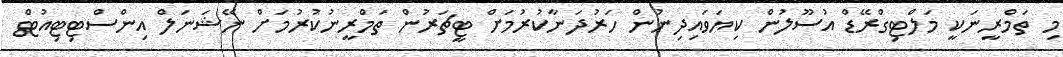
މި ތަމްރީނަކީ މަލްޓިގްރޭޑް އުސޫލުން ކިޔަވައިދިނުން ހަރުދަނާކުރުމަށް ޓީޗަރުން ތަމްރީނުކުރުމަށް ނޭޝަނަލް އިންސްޓިޓިއުޓް